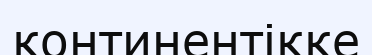
континентікке